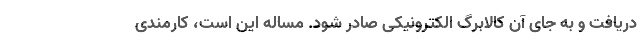
دریافت و به جای آن کالابرگ الکترونیکی صادر شود. مساله این است، کارمندی